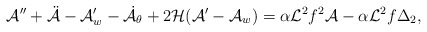
\begin{align*}{\cal A}'' + \ddot{{\cal A}} - {\cal A}'_w - \dot{{\cal A}}_{\theta} + 2 {\cal H} ( {\cal A}'-{\cal A}_w)= \alpha {\cal L}^2 f^2 {\cal A} - \alpha {\cal L}^2 f \Delta_2,\end{align*}